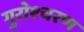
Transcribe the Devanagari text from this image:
गुरोश्चरण